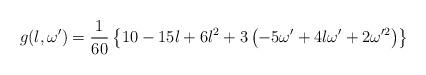
LaTeX: \begin{align*}g(l,\omega')=\frac{1}{60}\left\{10-15l+6l^2+3\left(-5\omega'+4l\omega'+2\omega'^2\right)\right\}\end{align*}